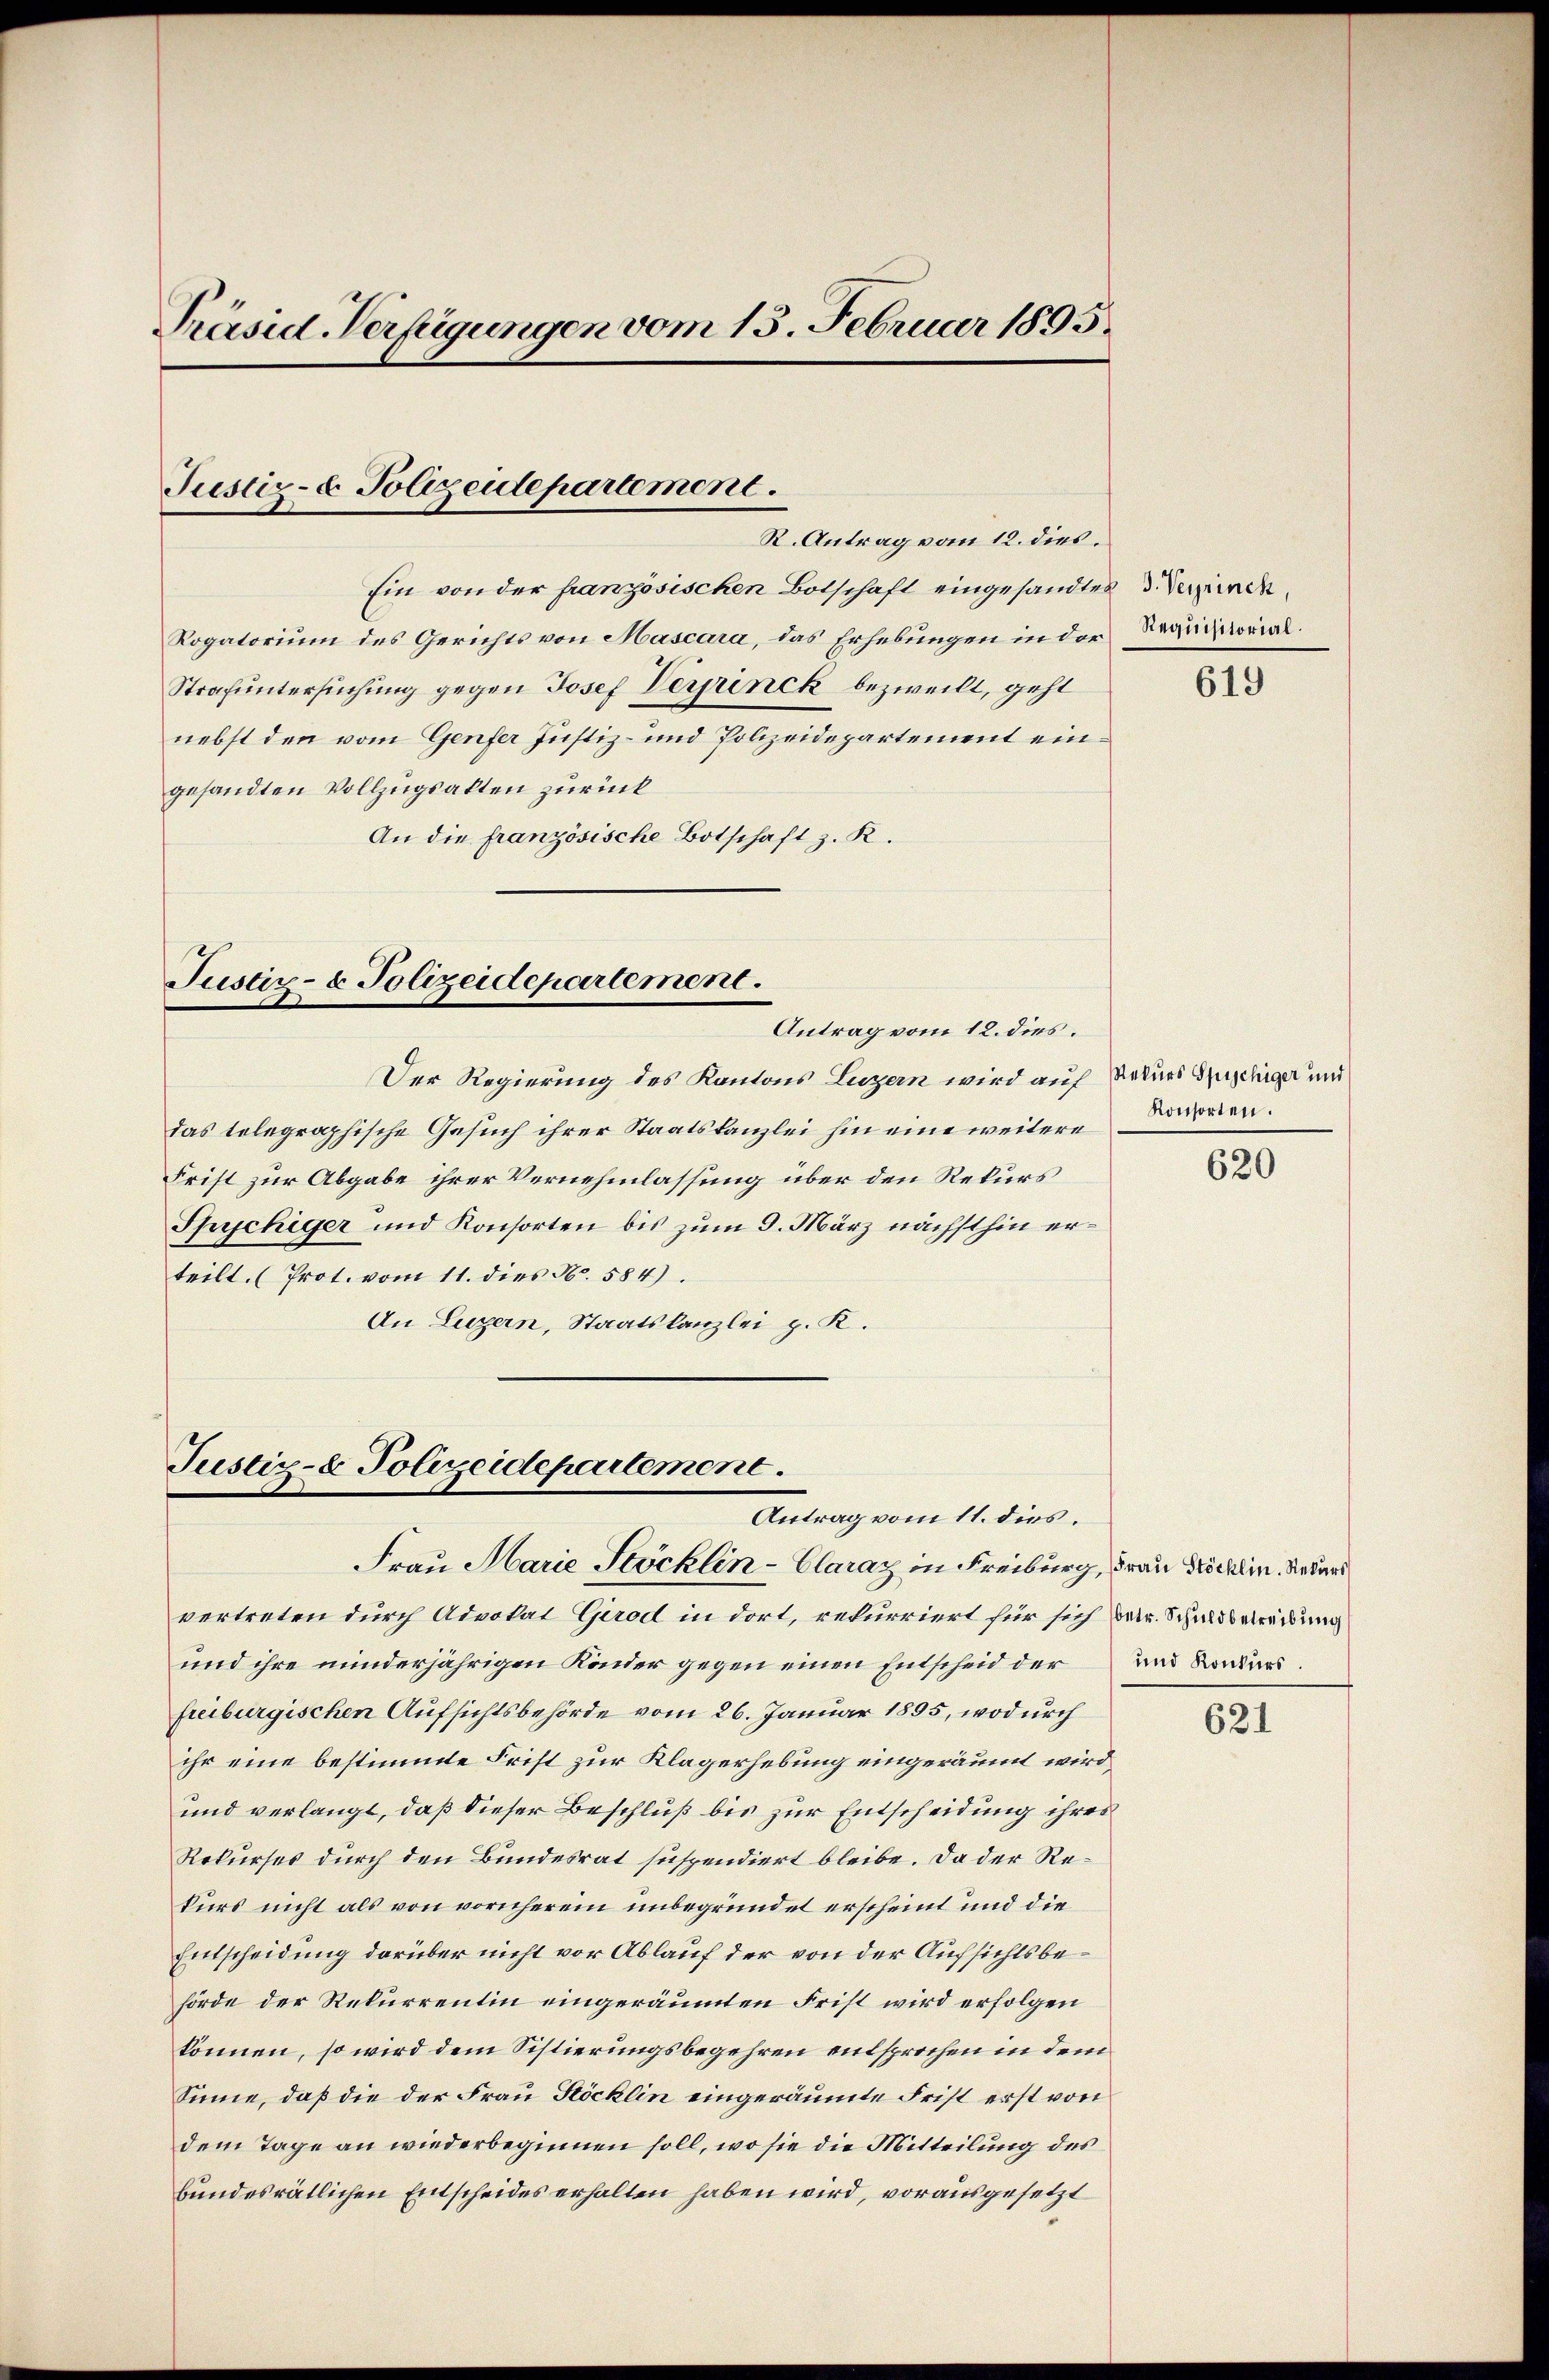
Präsid. Verfügungen vom 13. Februar 1895.

Justiz- & Polizeidepartement.

R. Antrag vom 12. dies.

Ein von der französischen Botschaft eingesandtes 3. Denck¬
Rogatorium des Gerichts von Mascara, das Erhebungen in der Requisitorial¬
Strafuntersuchung gegen Josef Verprinck bezweilt, geht
nebst den vom Genfer Justiz- und Polizeidepartement eingesandten Vollzugsalten zurück
An die französische Botschaft z. R.

Justiz- & Polizeidepartement.
Antrag vom 12. dies

Der Regierung des Kantons Luzern wird auf Rekurs Spichiger und
das tolegraphische Gesuch ihrer Staatskanzlei hin eine weitere
Frist zur Abgabe ihrer Vernehmlassung über den Rekurs
Spychiger und Konsorten bis zum 9. März nächsthin erteilt. (Prot. vom 11. dies N. 584).
An Luzern, Staatskanzlei p. K.

Justiz- & Polizeidepartement.
Antrag vom 11. dies

Frau Marie Stöcklin-Clarat in Freiburg, Frau Böcklin, Rekurs
vertreten durch Advokat Girod in dort, rekurriert für sich war. Schuldbetreibung
und ihre minderjährigen Kinder gegen einen Entscheid der
freiburgischen Aufsichtsbehörde vom 26. Januar 1895, wodurch
ihr eine bestimmte Frist zur Klagerhebung eingeräumt wird,
und verlangt, daß dieser Beschluß bis zur Entscheidung ihres
Rekurses durch den Bundesrat suspendiert bleibe. Da der Rekurs nicht als von vornherein unbegründet erscheint und die
Entscheidung darüber nicht vor Ablauf der von der Aufsichtsbehörde der Rekurrentin eingeräumten Frist wird erfolgen
können, so wird dem Sistierungsbegehren entsprochen in dem
Sinne, daß die der Frau Stöcklin eingeräumte Frist erst von
dem Tage an wiederbeginnen soll, wo sie die Mitteilung des
bundesrätlichen Entscheides erhalten haben wird, vorausgesetzt

619

Konsorten.

620

und Konkurs.

621